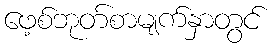
ဖေ့စ်ဘုတ်စာမျက်နှာတွင်